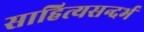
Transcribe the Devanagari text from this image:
साहित्यसन्दर्भ